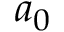
a _ { 0 }